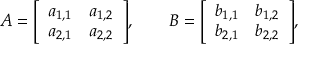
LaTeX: A = { \left[ \begin{array} { l l } { a _ { 1 , 1 } } & { a _ { 1 , 2 } } \\ { a _ { 2 , 1 } } & { a _ { 2 , 2 } } \end{array} \right] } , \qquad B = { \left[ \begin{array} { l l } { b _ { 1 , 1 } } & { b _ { 1 , 2 } } \\ { b _ { 2 , 1 } } & { b _ { 2 , 2 } } \end{array} \right] } ,